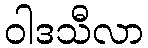
ဝါဒသီလာ